Annual returns of the Patna Lunatic Asylum at Bankipore in Bihar and Orissa - 1912-1924
Year: 1912
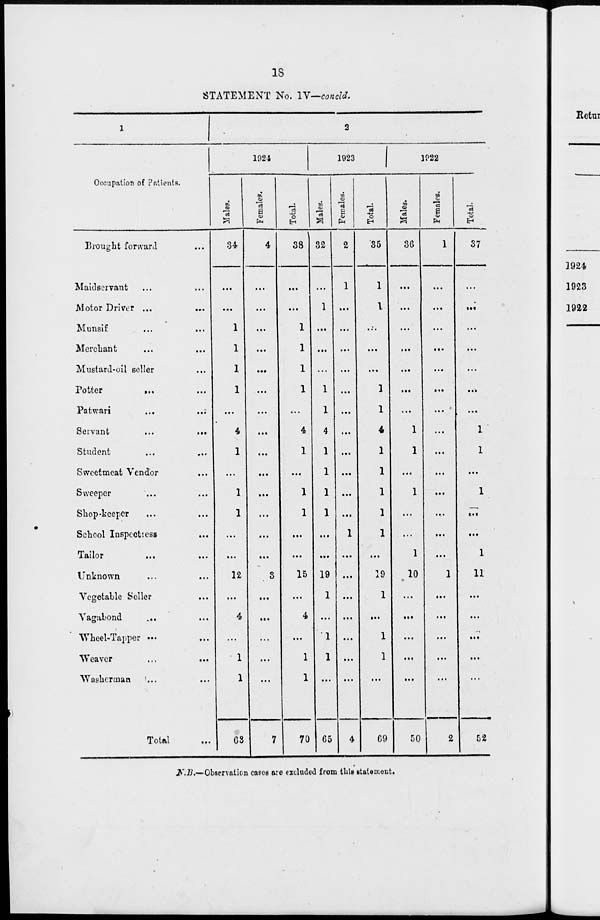
18
STATEMENT No. IV—concld.
1
Occupation of Patients.
Brought forward ...
Maidservant ... ...
Motor Driver ... ...
Munsif ... ...
Merchant ... ...
Mustard-oil seller ...
Potter
... ...
Patwari
...
...
Servant
...
...
Student ... ...
Sweetmeat Vendor ...
Sweeper ... ...
Shop-keeper ... ...
School Inspectiess...
Tailor ... ...
Unknown ... ...
Vegetable Seiler ...
Vagabond ... ...
Wheel-Tapper ... ...
Weaver ... ...
Washerman
... ...
Total ...
2
1924
Males.
34
...
...
1
1
1
1
...
4
1
...
1
1
...
...
12
...
4
...
1
1
63
Females.
4
...
...
...
...
...
...
...
...
...
...
...
...
...
...
3
...
...
...
...
...
7
Total.
38
...
...
1
1
1
1
...
4
1
...
1
1
...
...
15
...
4
...
1
1
70
1923
Males.
32
...
1
...
...
...
1
1
4
1
1
1
1
...
...
19
1
...
1
1
...
65
Females.
2
1
...
...
...
...
...
...
...
...
...
...
...
1
...
...
...
...
...
...
...
4
Total.
35
1
1
...
...
...
1
1
4
1
1
1
1
1
...
19
1
...
1
1
...
69
1922
Males.
36
...
...
...
...
...
...
...
1
1
...
1
...
...
1
10
...
...
...
...
...
50
Females.
1
...
...
...
...
...
...
...
...
...
...
...
...
...
...
1
...
...
...
...
...
2
Total.
37
...
...
...
...
...
...
...
1
1
...
1
...
...
1
11
...
...
...
...
...
52
N.B.—Observation cases are excluded from this statement.